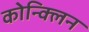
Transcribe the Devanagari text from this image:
कोन्क्लिन